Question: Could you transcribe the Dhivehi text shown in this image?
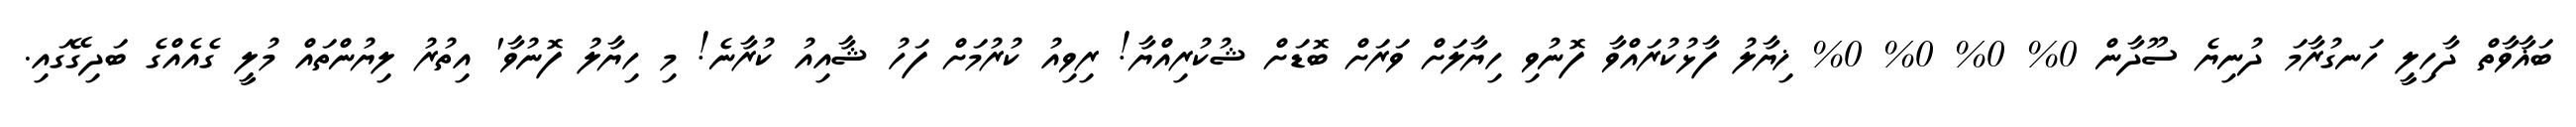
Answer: ބަޣާވާތް ދާހިލީ ހަނގުރާމަ ދުނިޔެ ސޫދާން 0% 0% 0% 0% ޚިޔާލު ފާޅުކުރައްވާ ފޮނުވި ހިޔާލަށް ވަރަށް ބޮޑަށް ޝުކުރިއްޔާ! ރިވިއު ކުރުމަށް ފަހު ޝާއިއު ކުރާނެ! މި ހިޔާލު ފޮނުވާ' އިތުރު ލިޔުންތައް މުލީ ގެއެއްގެ ބަދިގޭގައި.